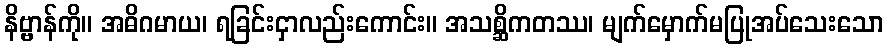
နိဗ္ဗာန်ကို။ အဓိဂမာယ၊ ရခြင်းငှာလည်းကောင်း။ အသစ္ဆိကတဿ၊ မျက်မှောက်မပြုအပ်သေးသော